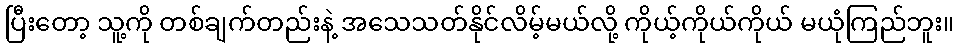
ပြီးတော့ သူ့ကို တစ်ချက်တည်းနဲ့ အသေသတ်နိုင်လိမ့်မယ်လို့ ကိုယ့်ကိုယ်ကိုယ် မယုံကြည်ဘူး။